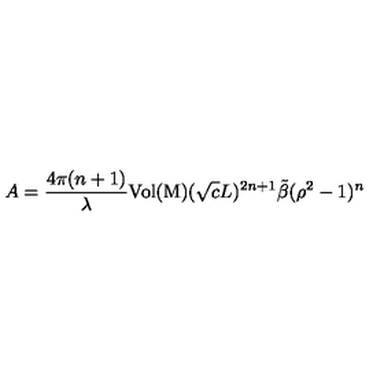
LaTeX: A = \frac { 4 \pi ( n + 1 ) } { \lambda } \mathrm { V o l ( M ) } ( \sqrt { c } L ) ^ { 2 n + 1 } \tilde { \beta } ( \rho ^ { 2 } - 1 ) ^ { n }